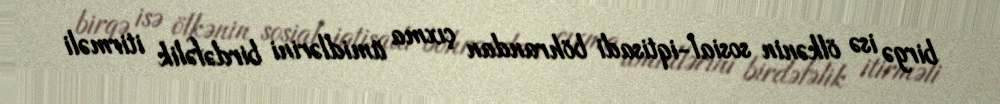
birgə isə ölkənin sosial-iqtisadi böhrandan çıxma ümidlərini birdəfəlik itirməli